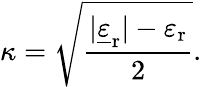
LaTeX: \kappa={\sqrt{\frac{|{\underline{{\varepsilon}}}_{\mathrm{r}}|-\varepsilon_{\mathrm{r}}}{2}}}.